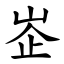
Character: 峜